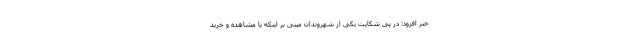
خبر افزود: در پی شکایت یکی از شهروندان مبنی بر اینکه با مشاهده و خرید